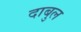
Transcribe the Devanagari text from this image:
दाबुल